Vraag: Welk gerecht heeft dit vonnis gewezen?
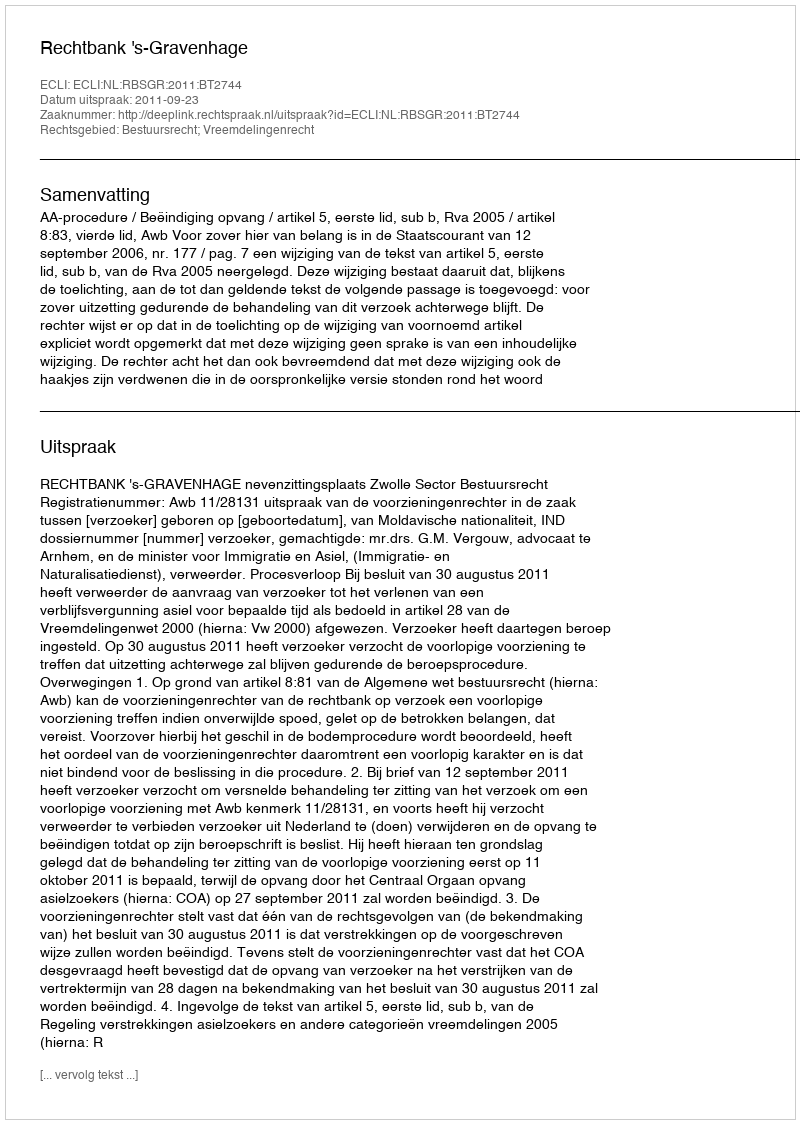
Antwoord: Rechtbank 's-Gravenhage